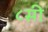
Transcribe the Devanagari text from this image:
८सी